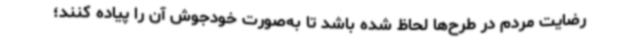
رضایت مردم در طرح‌ها لحاظ شده باشد تا به‌صورت خودجوش آن را پیاده کنند؛